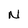
Character: N